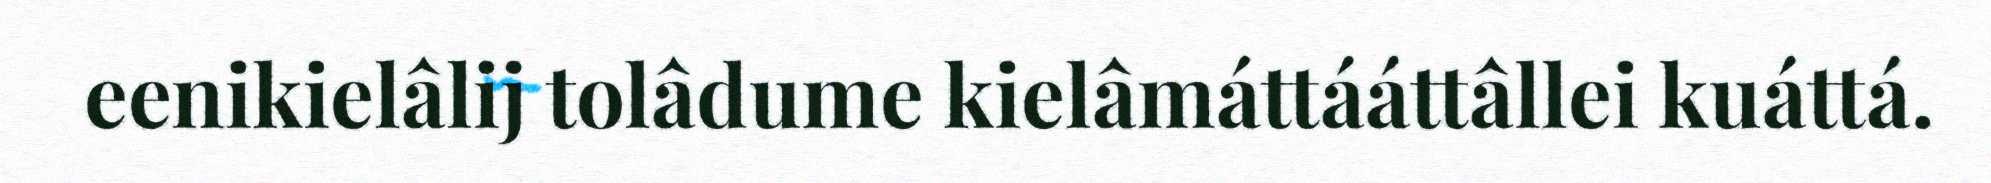
eenikielâlij tolâdume kielâmáttááttâllei kuáttá.